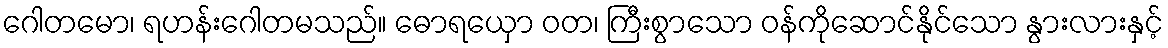
ဂေါတမော၊ ရဟန်းဂေါတမသည်။ ဓောရယှော ဝတ၊ ကြီးစွာသော ဝန်ကိုဆောင်နိုင်သော နွားလားနှင့်